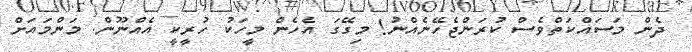
ދެން މަސައްކަތްވެސް ކުރަންޖެހޭނެއްނު! މިގޭގަ އެހެން މީހަކު ހުރީކީ އެއްނޫން. މަންމައަށް